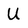
Character: U